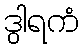
ဒွါရကံ